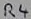
Text: R4